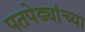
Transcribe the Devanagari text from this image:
पतपेढ्यांच्या